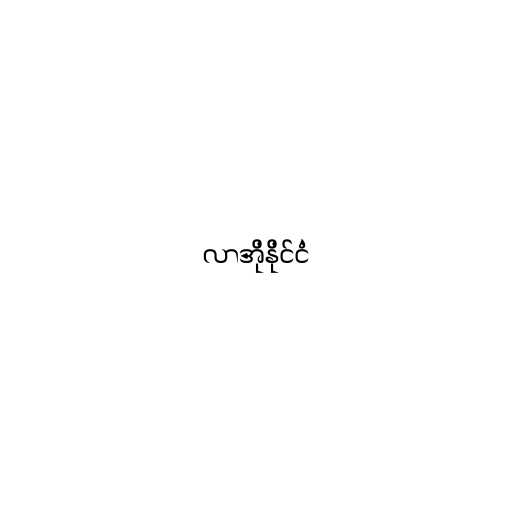
လာအိုနိုင်ငံ